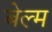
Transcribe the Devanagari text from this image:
बेल्म